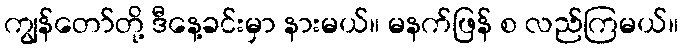
ကျွန်တော်တို့ ဒီနေ့ခင်းမှာ နားမယ်။ မနက်ဖြန် စ လည်ကြမယ်။